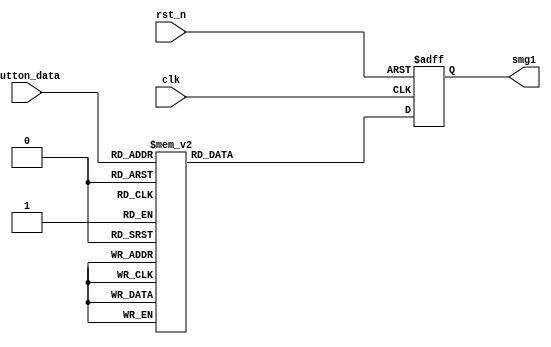
/*-----------------------------------------------------------------------

Date				:		2017-XX-XX
Description			:		Design for  Display.

-----------------------------------------------------------------------*/

module display
(
	//global clock
	input					clk,			//system clock
	input					rst_n,     		//sync reset
	
	//smg interface
	input			[3:0]	button_data,   	//
	output	reg		[6:0]	smg1
	
); 


//--------------------------------
//Funtion :               
parameter _0=8'hc0,_1=8'hf9,_2=8'ha4,_3=8'hb0,_4=8'h99,
			 _5=8'h92,_6=8'h82,_7=8'hf8,_8=8'h80,_9=8'h90;
always @(posedge clk or negedge rst_n)
begin
	if(!rst_n)
		smg1 <= 0;
	else 
	case(button_data)
		4'd0:smg1<=_0;
		4'd1:smg1<=_1;
		4'd2:smg1<=_2;
		4'd3:smg1<=_3;
		4'd4:smg1<=_4;
		4'd5:smg1<=_5;	
		4'd6:smg1<=_6;
		4'd7:smg1<=_7;	
		4'd8:smg1<=_8;
		4'd9:smg1<=_9;
		default:smg1<=_0;	
	endcase
end

endmodule